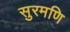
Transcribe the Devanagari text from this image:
सुरमणि